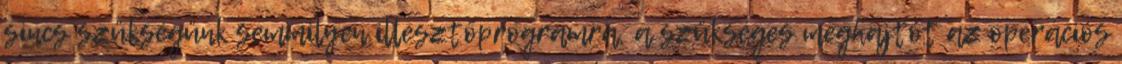
sincs szükségünk semmilyen illesztőprogramra, a szükséges meghajtót az operációs